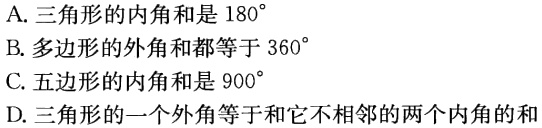
A. 三角形的内角和是 \(180^{\circ}\)
B. 多边形的外角和都等于 \(360^{\circ}\)
C. 五边形的内角和是 \(900^{\circ}\)
D. 三角形的一个外角等于和它不相邻的两个内角的和